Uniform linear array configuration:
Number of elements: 32
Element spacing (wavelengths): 1
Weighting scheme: uniform
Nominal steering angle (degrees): -45
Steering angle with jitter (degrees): -46.742
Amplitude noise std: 0.05
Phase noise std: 0.05

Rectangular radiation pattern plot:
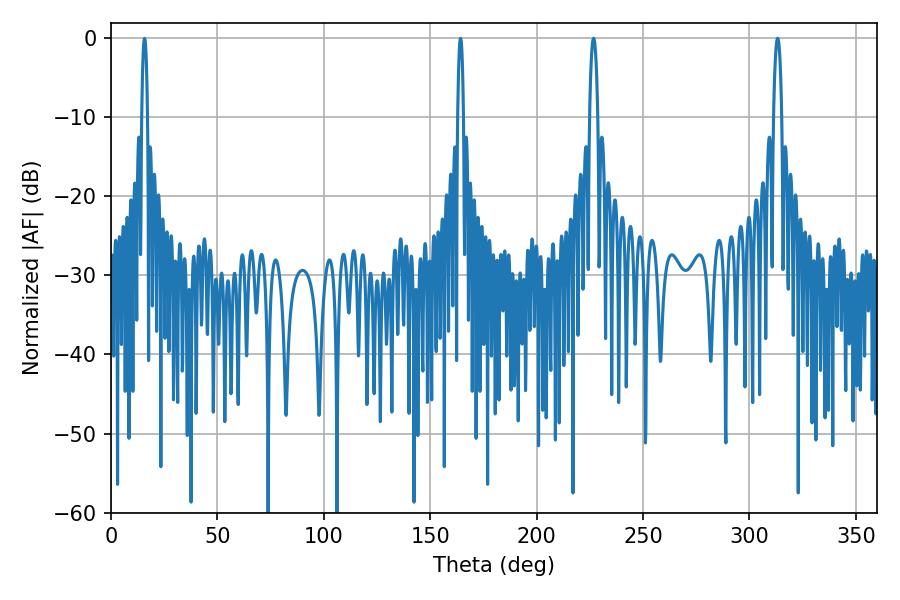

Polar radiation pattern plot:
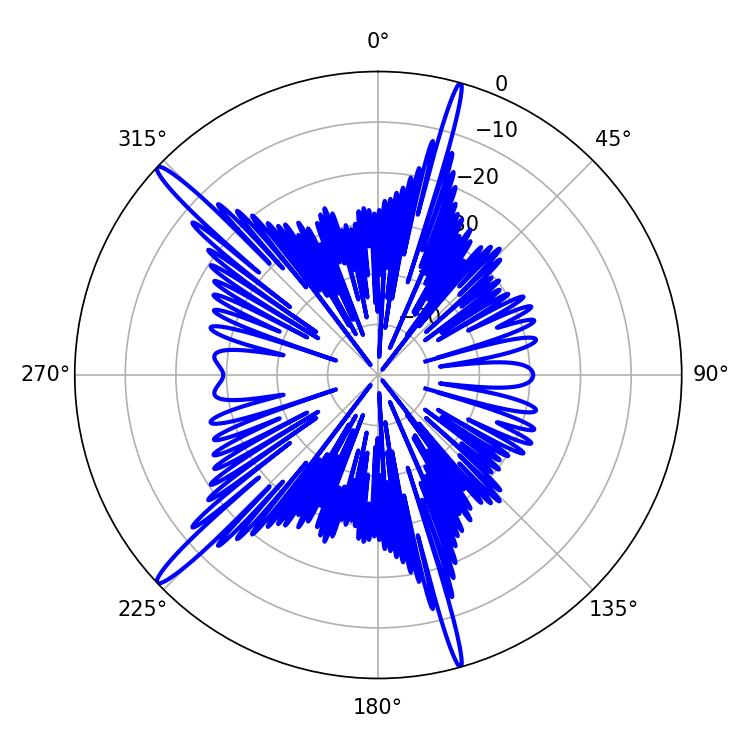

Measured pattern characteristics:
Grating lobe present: TRUE
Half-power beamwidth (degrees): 2.16
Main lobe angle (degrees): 226.8